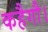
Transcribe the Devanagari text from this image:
कहैगौ।